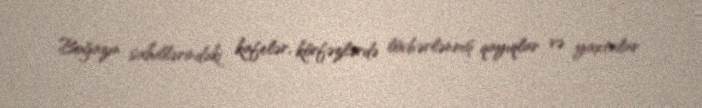
Boğazın sahillərindəki kafelər, körfəzlərdə lövbərlənmiş qayıqlar və yaxtalar